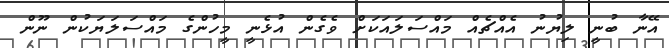
އޭނާ ބުނީ ލިޔުނު އެއްޗެއް މައްސަލައަކަށް ވެގެން އުޅެނީ މީހުންގެ މައްސަލަޔަކުން ނޫން